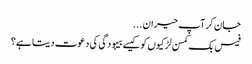
جان کر آپ حیران ...
فیس بک کمسن لڑکیوں کو کیسے بیہودگی کی دعوت دیتا ہے؟